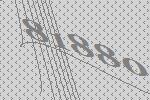
81880